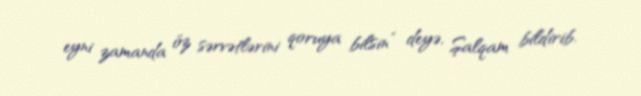
eyni zamanda öz sərvətlərini qoruya bilsin” deyə, Şalqam bildirib.